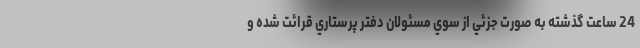
24 ساعت گذشته به صورت جزئي از سوي مسئولان دفتر پرستاري قرائت شده و